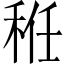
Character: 秹